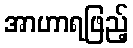
အာဟာရဖြည့်